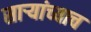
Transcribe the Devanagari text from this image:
साऱ्यांच्याच